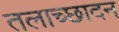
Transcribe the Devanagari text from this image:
तलाच्छादन